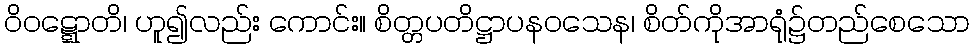
ဝိဝဋ္ဋောတိ၊ ဟူ၍လည်း ကောင်း။ စိတ္တပတိဋ္ဌာပနဝသေန၊ စိတ်ကိုအာရုံ၌တည်စေသော